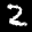
Label: 2